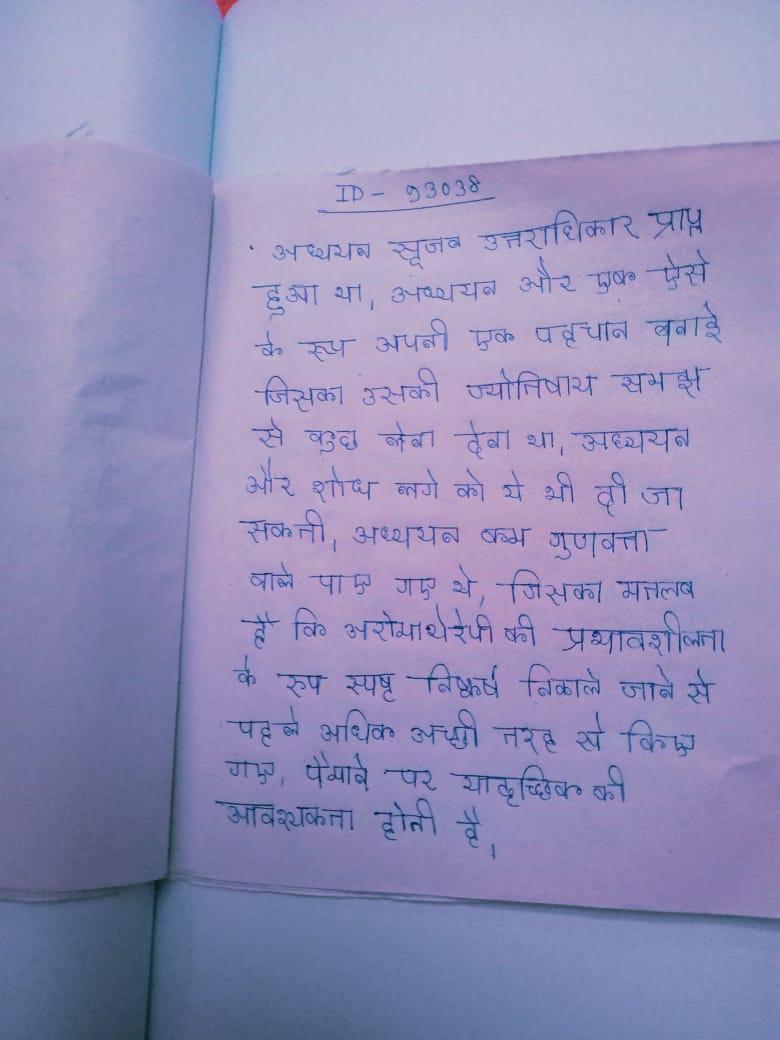
अध्ययन सृजन उत्तराधिकार प्राप्त हुआ था । अध्ययन और एक ऐसे के रूप अपनी एक पहचान बनाई जिसका उसकी ज्योतिषीय समझ से कुछ लेना देना था । अध्ययन और शोध लगे को ये भी दी जा सकती । अध्ययन कम गुणवत्ता वाले पाए गए थे, जिसका मतलब है कि अरोमाथेरेपी की प्रभावशीलता के रूप स्पष्ट निष्कर्ष निकाले जाने से पहले अधिक अच्छी तरह से किए गए, पैमाने पर यादृच्छिक की आवश्यकता होती है ।